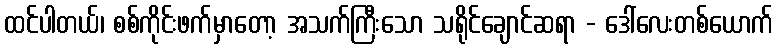
ထင်ပါတယ်၊ စစ်ကိုင်းဖက်မှာတော့ အသက်ကြီးသော သရိုင်ချောင်ဆရာ - ဒေါ်လေးတစ်ယောက်